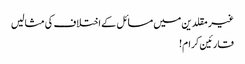
غیر مقلدین میں مسائل کے اختلاف کی مثالیں
قارئین کرام!